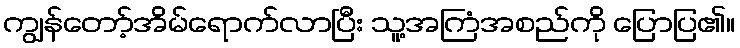
ကျွန်တော့်အိမ်ရောက်လာပြီး သူ့အကြံအစည်ကို ပြောပြ၏။